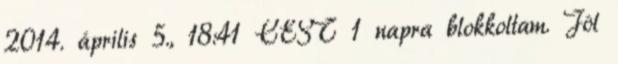
2014. április 5., 18:41 CEST 1 napra blokkoltam. Jól